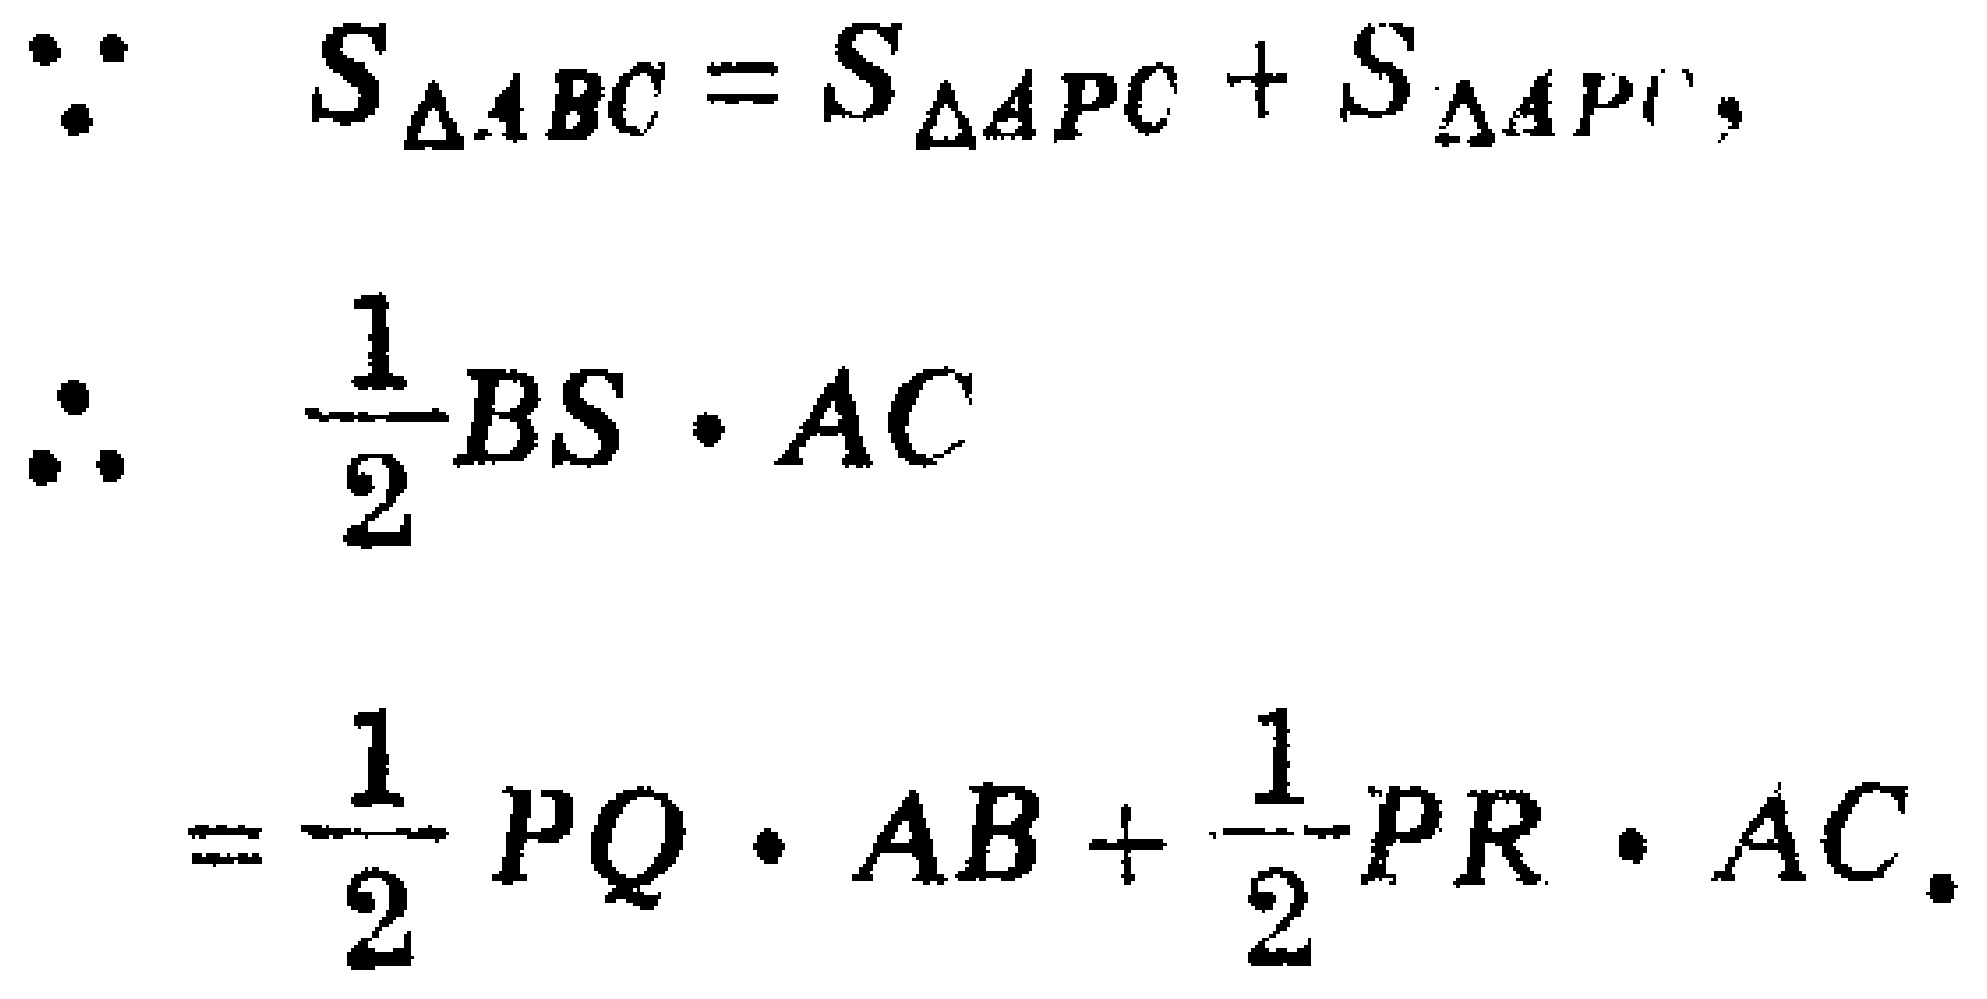
\[\begin{align*}
&\because S_{\triangle ABC}=S_{\triangle APC}+S_{\triangle APB},\\
&\therefore \frac{1}{2}BS\cdot AC\\
&=\frac{1}{2}PQ\cdot AB+\frac{1}{2}PR\cdot AC.
\end{align*}\]